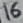
Text: 16